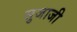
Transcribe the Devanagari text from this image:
सुजाजी